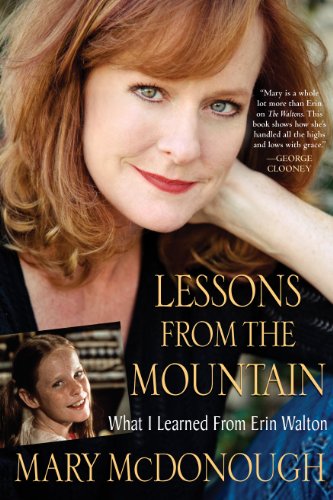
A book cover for Lessons from the Mountain; Mary McDonough; Humor & Entertainment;